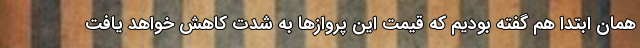
همان ابتدا هم گفته بودیم که قیمت این پروازها به شدت کاهش خواهد یافت